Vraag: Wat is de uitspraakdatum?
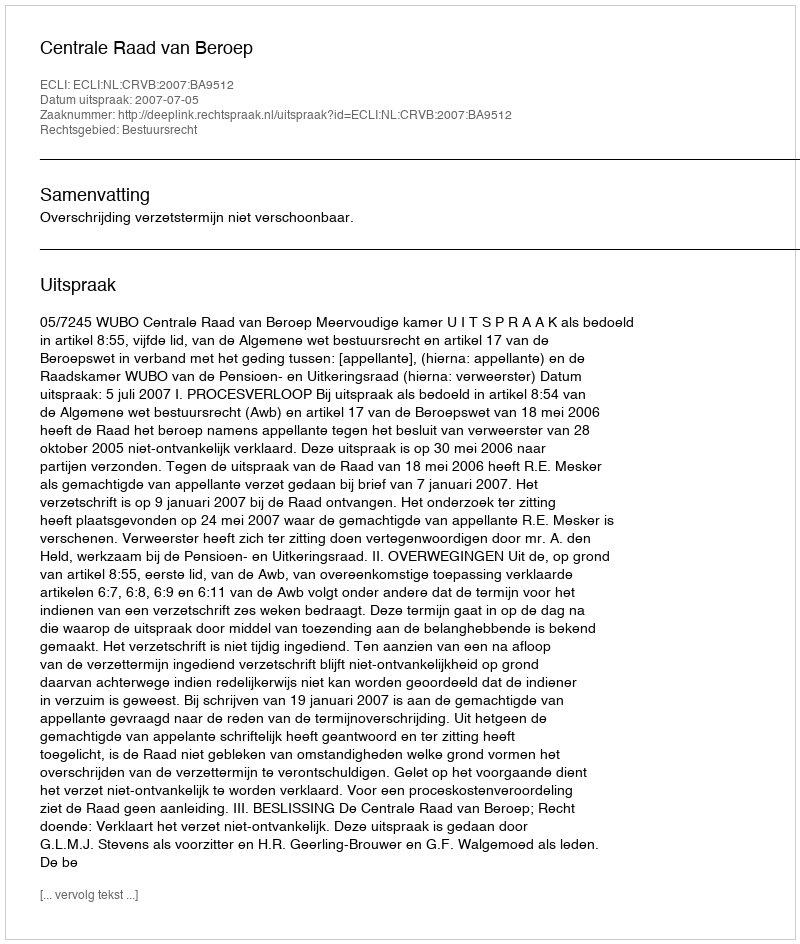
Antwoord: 2007-07-05